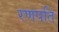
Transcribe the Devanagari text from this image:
रणपति